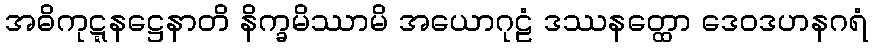
အဓိကုဋ္ဋနဋ္ဌေနာတိ နိက္ခမိဿာမိ အယောဂုဠံ ဒဿနတ္ထော ဒေဝဒဟနဂရံ